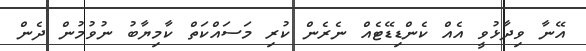
އޭނާ ވިދާޅުވީ އެއް ކެންޑިޑޭޓެއް ނެރެން ކުރި މަސައްކަތް ކާމިޔާބު ނުވުމުން ދެން